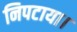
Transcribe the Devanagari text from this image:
निपटाया।